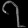
Digit: ၇